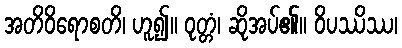
အတိဝိရောစတိ၊ ဟူ၍။ ဝုတ္တံ၊ ဆိုအပ်၏။ ဝိပဿိဿ၊